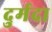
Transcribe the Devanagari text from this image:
दुर्मदा